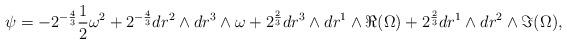
LaTeX: \begin{align*}\psi = - 2^{-\frac{4}{3}} \frac{1}{2} \omega^2 + 2^{-\frac{4}{3}} dr^2 \wedge dr^3 \wedge \omega + 2^{\frac{2}{3}} dr^3 \wedge dr^1 \wedge \Re (\Omega) + 2^{\frac{2}{3}} dr^1 \wedge dr^2 \wedge \Im (\Omega),\end{align*}